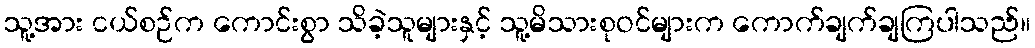
သူ့အား ငယ်စဉ်က ကောင်းစွာ သိခဲ့သူများနှင့် သူ့မိသားစုဝင်များက ကောက်ချက်ချကြပါသည်။